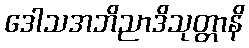
ဒေါသအဘိညာဒိသုတ္တာနိ